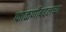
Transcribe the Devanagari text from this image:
फाळणीबद्दलच्या